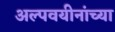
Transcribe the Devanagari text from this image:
अल्पवयीनांच्या